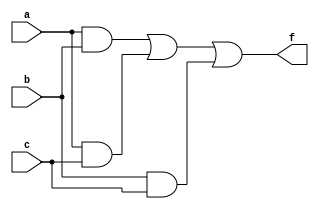
`timescale 1ns / 1ps
//////////////////////////////////////////////////////////////////////////////////
// Company: 
// Engineer: 
// 
// Design Name: 
// Module Name:    voter3 
// Project Name: 
// Target Devices: 
// Tool versions: 
// Description: 
//
// Dependencies: 
//
// Revision: 
// Revision 0.01 - File Created
// Additional Comments: 
//
//////////////////////////////////////////////////////////////////////////////////
module voter3(a, b, c, f
    );
	 input a, b, c;
	 output f;
	 assign f = (a&b)|(a&c)|(b&c);
	 
endmodule